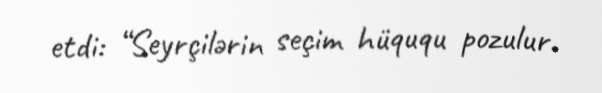
etdi: “Seyrçilərin seçim hüququ pozulur.